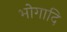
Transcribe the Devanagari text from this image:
भोगादि